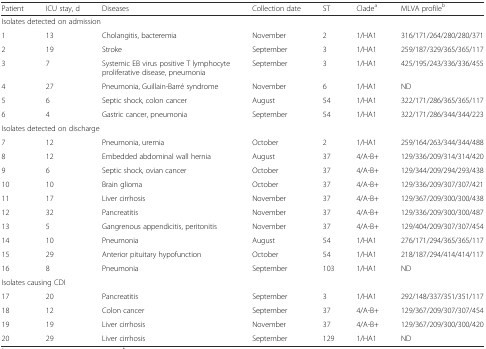
<table><thead><tr><td><b>Patient</b></td><td><b>ICU stay, d</b></td><td><b>Diseases</b></td><td><b>Collection date</b></td><td><b>ST</b></td><td><b>Clade<sup>a</sup></b></td><td><b>MLVA profile<sup>b</sup></b></td></tr></thead><tbody><tr><td colspan="7">Isolates detected on admission</td></tr><tr><td>1</td><td>13</td><td>Cholangitis, bacteremia</td><td>November</td><td>2</td><td>1/HA1</td><td>316/171/264/280/280/371</td></tr><tr><td>2</td><td>19</td><td>Stroke</td><td>September</td><td>3</td><td>1/HA1</td><td>259/187/329/365/365/117</td></tr><tr><td>3</td><td>7</td><td>Systemic EB virus positive T lymphocyte proliferative disease, pneumonia</td><td>September</td><td>3</td><td>1/HA1</td><td>425/195/243/336/336/455</td></tr><tr><td>4</td><td>27</td><td>Pneumonia, Guillain-Barré syndrome</td><td>November</td><td>6</td><td>1/HA1</td><td>ND</td></tr><tr><td>5</td><td>6</td><td>Septic shock, colon cancer</td><td>August</td><td>54</td><td>1/HA1</td><td>322/171/286/365/365/117</td></tr><tr><td>6</td><td>4</td><td>Gastric cancer, pneumonia</td><td>September</td><td>54</td><td>1/HA1</td><td>322/171/286/344/344/223</td></tr><tr><td colspan="7">Isolates detected on discharge</td></tr><tr><td>7</td><td>12</td><td>Pneumonia, uremia</td><td>October</td><td>2</td><td>1/HA1</td><td>259/164/263/344/344/488</td></tr><tr><td>8</td><td>12</td><td>Embedded abdominal wall hernia</td><td>August</td><td>37</td><td>4/A-B+</td><td>129/336/209/314/314/420</td></tr><tr><td>9</td><td>6</td><td>Septic shock, ovian cancer</td><td>October</td><td>37</td><td>4/A-B+</td><td>129/344/209/294/293/438</td></tr><tr><td>10</td><td>10</td><td>Brain glioma</td><td>October</td><td>37</td><td>4/A-B+</td><td>129/336/209/307/307/421</td></tr><tr><td>11</td><td>17</td><td>Liver cirrhosis</td><td>November</td><td>37</td><td>4/A-B+</td><td>129/367/209/300/300/438</td></tr><tr><td>12</td><td>32</td><td>Pancreatitis</td><td>November</td><td>37</td><td>4/A-B+</td><td>129/336/209/300/300/487</td></tr><tr><td>13</td><td>5</td><td>Gangrenous appendicitis, peritonitis</td><td>November</td><td>37</td><td>4/A-B+</td><td>129/404/209/307/307/454</td></tr><tr><td>14</td><td>10</td><td>Pneumonia</td><td>August</td><td>54</td><td>1/HA1</td><td>276/171/294/365/365/117</td></tr><tr><td>15</td><td>29</td><td>Anterior pituitary hypofunction</td><td>October</td><td>54</td><td>1/HA1</td><td>218/187/294/414/414/117</td></tr><tr><td>16</td><td>8</td><td>Pneumonia</td><td>September</td><td>103</td><td>1/HA1</td><td>ND</td></tr><tr><td colspan="7">Isolates causing CDI</td></tr><tr><td>17</td><td>20</td><td>Pancreatitis</td><td>September</td><td>3</td><td>1/HA1</td><td>292/148/337/351/351/117</td></tr><tr><td>18</td><td>12</td><td>Colon cancer</td><td>September</td><td>37</td><td>4/A-B+</td><td>129/367/209/307/307/454</td></tr><tr><td>19</td><td>19</td><td>Liver cirrhosis</td><td>November</td><td>37</td><td>4/A-B+</td><td>129/367/209/300/300/420</td></tr><tr><td>20</td><td>29</td><td>Liver cirrhosis</td><td>September</td><td>129</td><td>1/HA1</td><td>ND</td></tr></tbody></table>